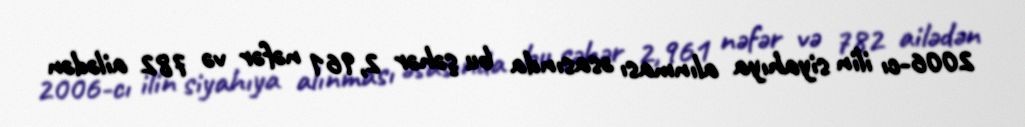
2006-cı ilin siyahıya alınması əsasında bu şəhər 2,961 nəfər və 782 ailədən